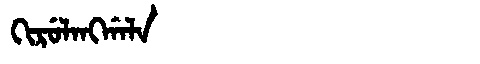
Manchu: ᡴᡳᡵᡠᠯᠠᠩᡤᠠᠯᠠ
Romanization: KIRULANGGALA